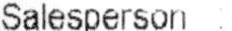
SALESPERSON :